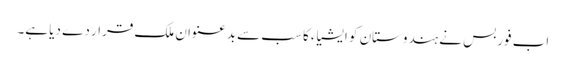
اب فوربس نے ہندوستان کو ایشیاء کا سب سے بدعنوان ملک قرار دے دیا ہے۔